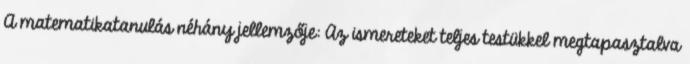
A matematikatanulás néhány jellemzője: Az ismereteket teljes testükkel megtapasztalva